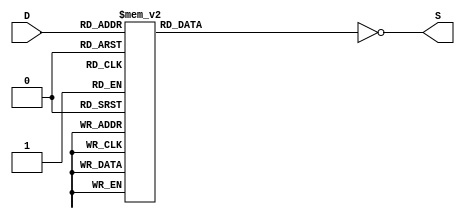
module bin_to_seven_seg(
	 output [6:0] S,
	 input [3:0] D
    );
	 reg [6:0] S2;
	 always @(D) begin
		 S2 = 7'b0000000;
		 case(D)
			4'h0: S2 = 7'b1111110;	
			4'h1: S2 = 7'b0110000;	
			4'h2: S2 = 7'b1101101;	
			4'h3: S2 = 7'b1111001;	
			4'h4: S2 = 7'b0110011;	
			4'h5: S2 = 7'b1011011;	
			4'h6: S2 = 7'b1011111;	
			4'h7: S2 = 7'b1110000;	
			4'h8: S2 = 7'b1111111;	
			4'h9: S2 = 7'b1111011;	
			4'hA: S2 = 7'b1110111;	
			4'hB: S2 = 7'b0011111;	
			4'hC: S2 = 7'b1001110;	
			4'hD: S2 = 7'b0111101;	
			4'hE: S2 = 7'b1001111;	
			4'hF: S2 = 7'b1000111;	
			default: S2 = 7'b0000000;
		 endcase
	 end
	 assign S = ~S2;
endmodule